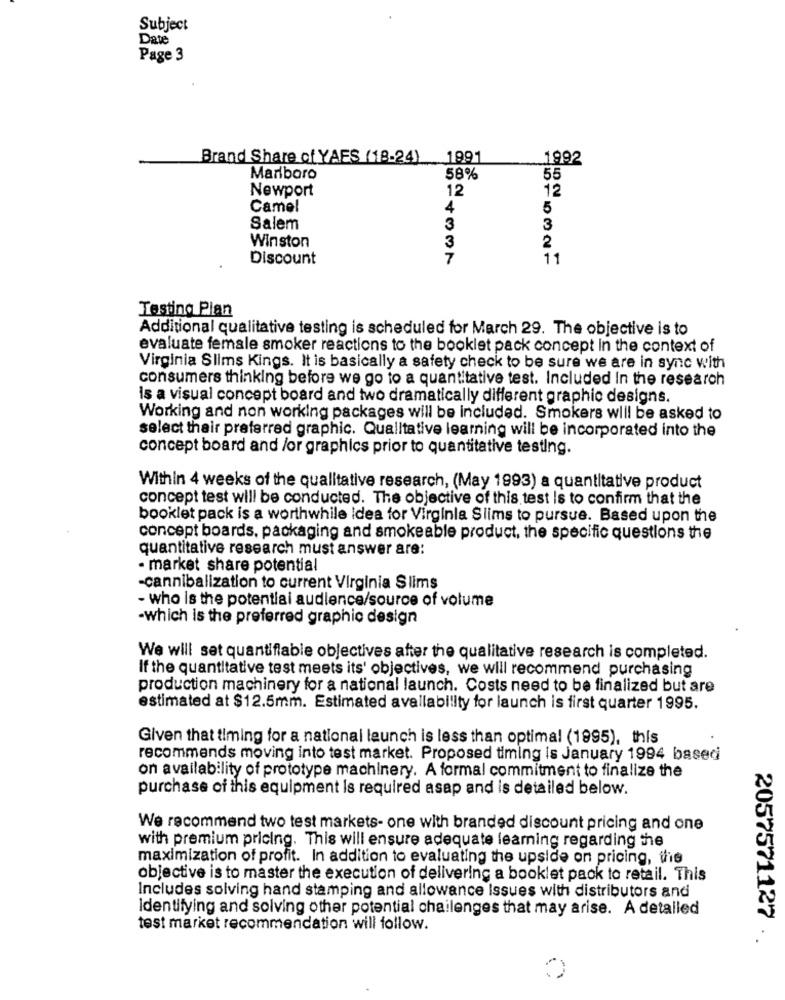
Subject
Date
Page 3
Brand Share of YAES (18-24)_1991
1992
Marlboro
58%
55
Newport
12
12
Camel
4
5
Salem
3
3
Winston
3
2
Discount
7
11
Testing Plan
Additional qualitative testing is scheduled for March 29. The objective is to
evaluate female smoker reactions to the booklet pack concept In the context of
Virginia Slims Kings. It is basically a safety check to be sure we are in sync with
consumers thinking before we go to a quantitative test. Included In the research
is a visual concept board and two dramatically different graphic designs.
Working and non working packages will be included. Smokers will be asked to
select thair preferred graphic. Qualitative learning will be incorporated into the
concept board and /or graphics prior to quantitative testing.
Within 4 weeks of the qualitative research, (May 1993) a quantitative product
concept test will be conducted. The objective of this test Is to confirm that the
booklet pack is a worthwhile idea for Virginla Slims to pursue. Based upon the
concept boards, packaging and smokeable product, the specific questions the
quantitative research must answer are:
· market share potential
-cannibalization to current Virginia Slims
- who is the potential audience/source of volume
-which is the preferred graphic design
We will set quantifiable objectives after the qualitative research is completed.
If the quantitative test meets its' objectives, we will recommend purchasing
production machinery for a national launch. Costs need to be finalized but are
estimated at $12.5mm. Estimated availability for launch is first quarter 1995.
Given that timing for a national launch is less than optimal (1995), this
recommends moving into test market. Proposed timing is January 1994 based
on availability of prototype machinery. A formal commitment to finalize the
purchase of this equipment is required asap and is detailed below.
We recommend two test markets- one with branded discount pricing and one
with premium pricing. This will ensure adequate learning regarding the
maximization of profit. In addition to evaluating the upside on pricing, Vis
objective is to master the execution of delivering a booklet pack to retail. This
Includes solving hand stamping and allowance Issues with distributors and
Identifying and solving other potential chailenges that may arise. A detailed
2057571127
test market recommendation will follow.
*.